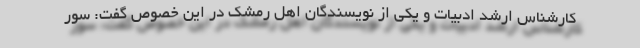
کارشناس ارشد ادبیات و یکی از نویسندگان اهل رمشک در این خصوص گفت: سور